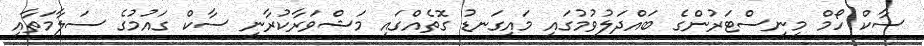
ސާކް ހޯމް މިނިސްޓަރުންގެ ބައްދަލުވުމުގައި މައިގަނޑު ގޮތެއްގައި މަޝްވަރާކުރާނީ ސާކް ގައުމުގެ ސަލާމަތާއި